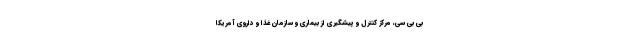
بی بی سی، مرکز کنترل و پیشگیری از بیماری‌ و سازمان غذا و داروی آمریکا